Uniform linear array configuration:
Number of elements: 64
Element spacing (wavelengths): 0.25
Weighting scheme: binomial
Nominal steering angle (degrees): -45
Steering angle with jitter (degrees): -44.946
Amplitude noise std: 0.05
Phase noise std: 0.05

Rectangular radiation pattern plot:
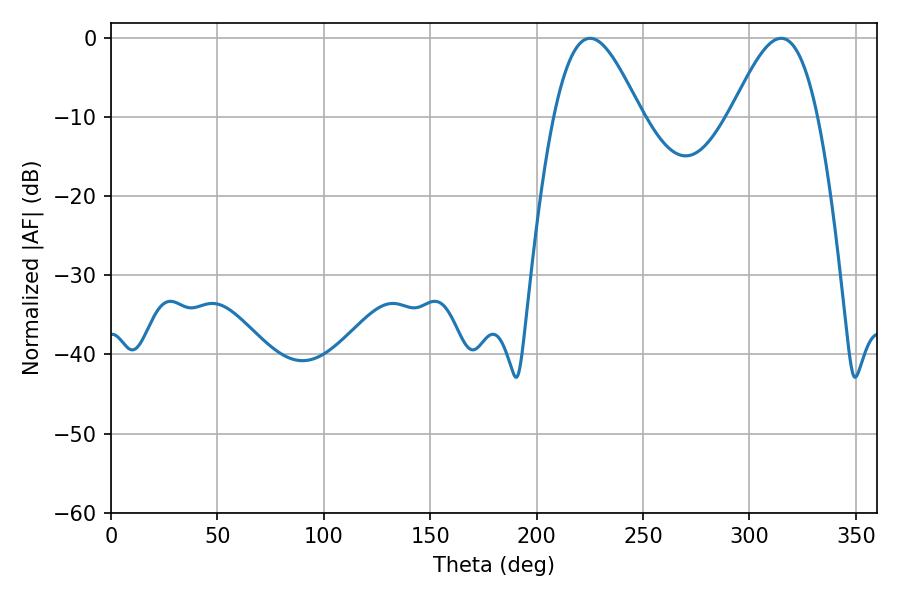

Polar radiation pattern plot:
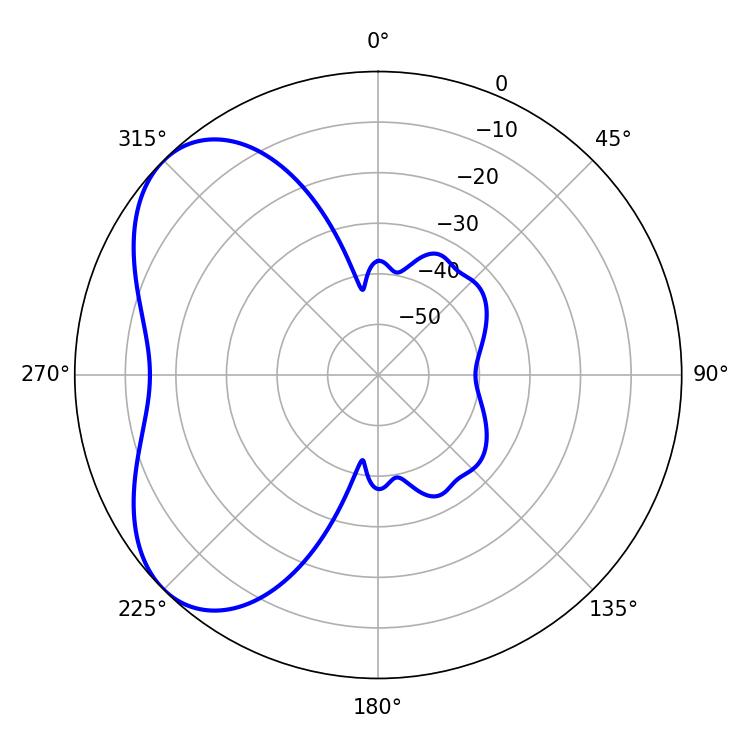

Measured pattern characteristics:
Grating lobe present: FALSE
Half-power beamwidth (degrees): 21.78
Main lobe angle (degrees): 225.18